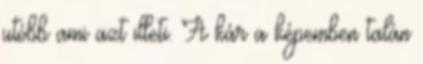
utóbb ami azt illeti. A kár a képemben talán